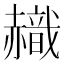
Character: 𧹹